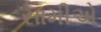
સામીએ